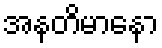
အနတိမာနော